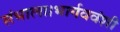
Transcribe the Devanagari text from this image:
संभाला।भार्गववंशी